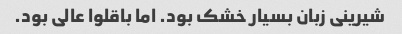
شیرینی زبان بسیار خشک بود. اما باقلوا عالی بود.